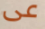
عى